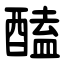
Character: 醘